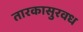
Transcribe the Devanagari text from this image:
तारकासुरवध